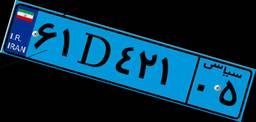
۱۲D۳۰۹۶۳